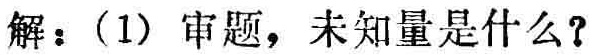
解：(1) 审题，未知量是什么？